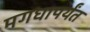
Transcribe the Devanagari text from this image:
मगधापर्यंत